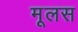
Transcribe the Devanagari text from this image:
मूलस